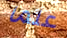
علما